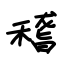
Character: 稽